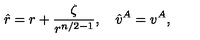
\hat { r } = r + \frac { \zeta } { r ^ { n / 2 - 1 } } , \quad \hat { v } ^ { A } = v ^ { A } ,